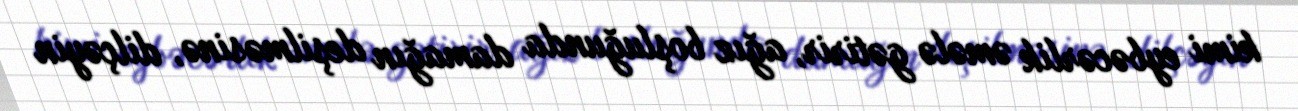
kimi eybəcərlik əmələ gətirir, ağız boşluğunda damağın deşilməsinə, dilçəyin